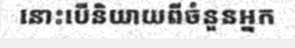
នោះបើនិយាយពីចំនួនអ្នក